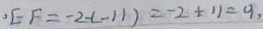
, E F = - 2 - ( - 1 1 ) = - 2 + 1 1 = 9 ,